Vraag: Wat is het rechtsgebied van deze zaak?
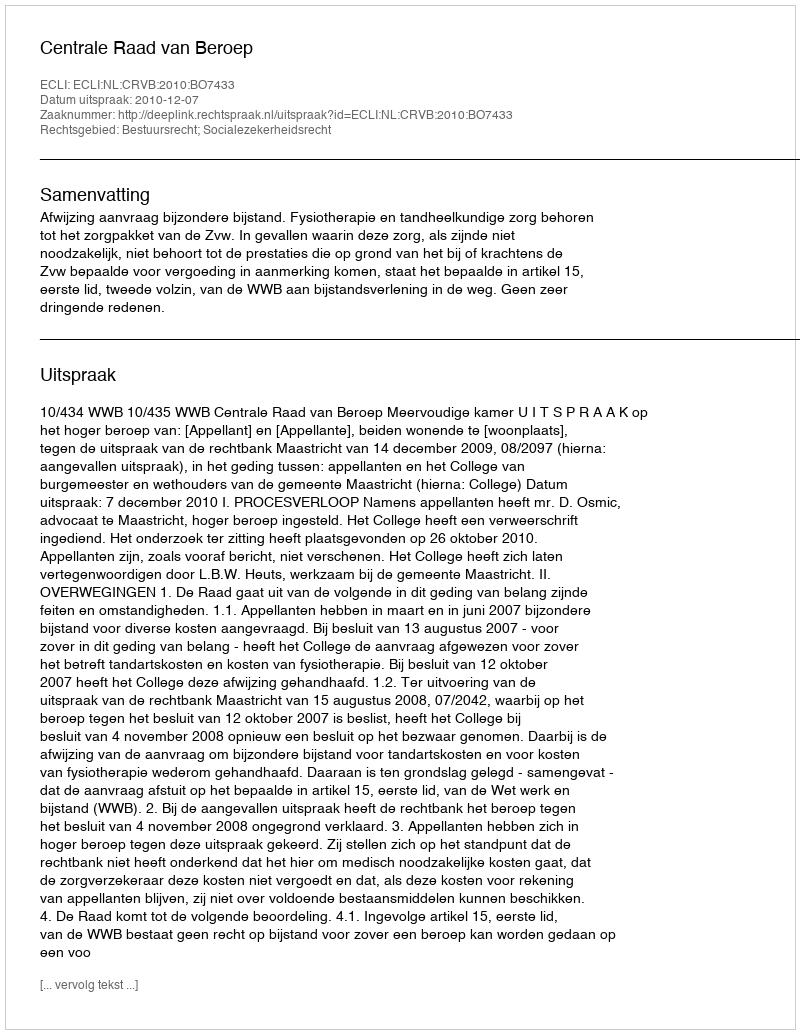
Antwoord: Bestuursrecht; Socialezekerheidsrecht